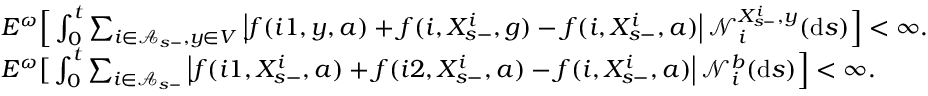
\begin{array} { r l } & { E ^ { \omega } \Big [ \int _ { 0 } ^ { t } \sum _ { i \in \mathcal A _ { s - } , y \in V } \left\vert f ( i 1 , y , a ) + f ( i , X _ { s - } ^ { i } , g ) - f ( i , X _ { s - } ^ { i } , a ) \right\vert \mathcal N _ { i } ^ { X _ { s - } ^ { i } , y } ( \mathrm { d } s ) \Big ] < \infty . } \\ & { E ^ { \omega } \big [ \int _ { 0 } ^ { t } \sum _ { i \in \mathcal A _ { s - } } \left\vert f ( i 1 , X _ { s - } ^ { i } , a ) + f ( i 2 , X _ { s - } ^ { i } , a ) - f ( i , X _ { s - } ^ { i } , a ) \right\vert \mathcal N _ { i } ^ { b } ( \mathrm { d } s ) \Big ] < \infty . } \end{array}